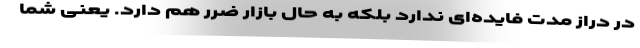
در دراز مدت فایده‌ای ندارد بلکه به حال بازار ضرر هم دارد. یعنی شما